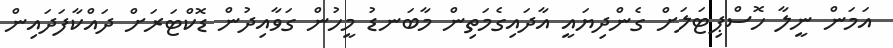
އަމަން ނީލާ ހޮސްޕިޓަލަށް ގެންދިޔައީ އާދައިގެމަތިން މާބަނޑު މީހުން ގަވާއިދުން ޑޮކްޓަރަށް ދައްކާފަދައިން